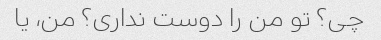
چی؟ تو من را دوست نداری؟ من، یا